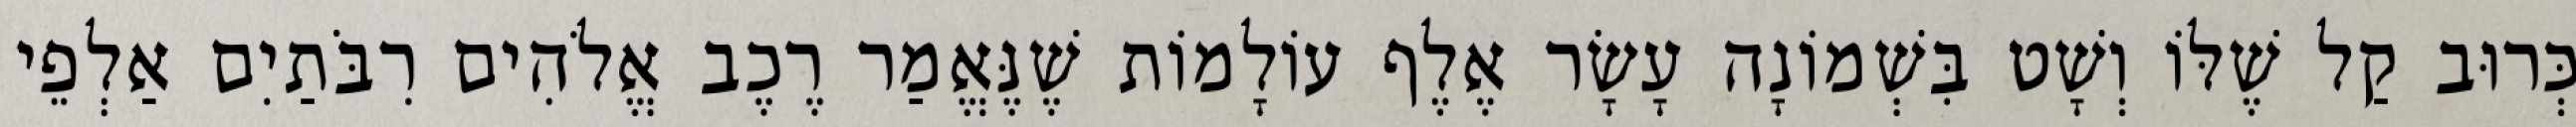
כְּרוּב קַל שֶׁלּוֹ וְשָׁט בִּשְׁמוֹנָה עָשָׂר אֶלֶף עוֹלָמוֹת שֶׁנֶּאֱמַר רֶכֶב אֱלֹהִים רִבֹּתַיִם אַלְפֵי